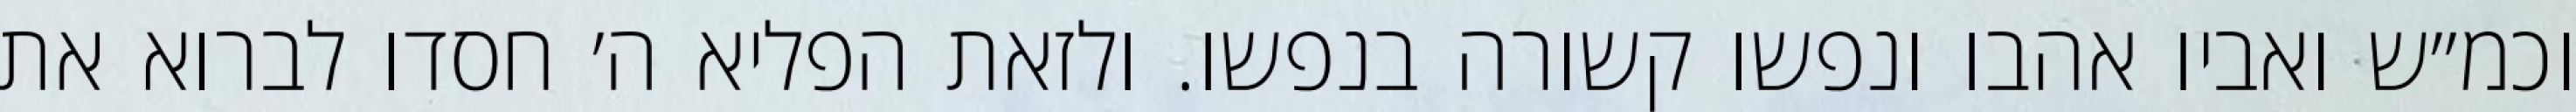
וכמ״ש ואביו אהבו ונפשו קשורה בנפשו. ולזאת הפליא ה׳ חסדו לברוא את